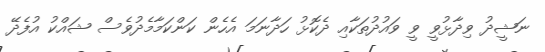
ނަޝީދު ވިދާޅުވީ ވީ ވައުދުތަކާއި ދެކޮޅު ހަދާނަމަ އެހެން ކަންކަމާމެދުވެސް ޝައްކު އުފެދޭ